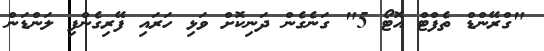
"ގްރޭންޑް ތެފްޓް އޮޓޯ 5" ގަނެގެން ދަނިކޮށް ވަޅި ހަރައި ފޭރިގެންފި ލަންޑަން